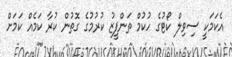
އެކަމަކީ ސިވިލް ކޯޓުގެ ހުކުމް ތަންފީޒު ކުރުމުގެ ގޮތުން ކުރާ ކަމެއް ކަމަށް